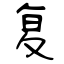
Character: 复